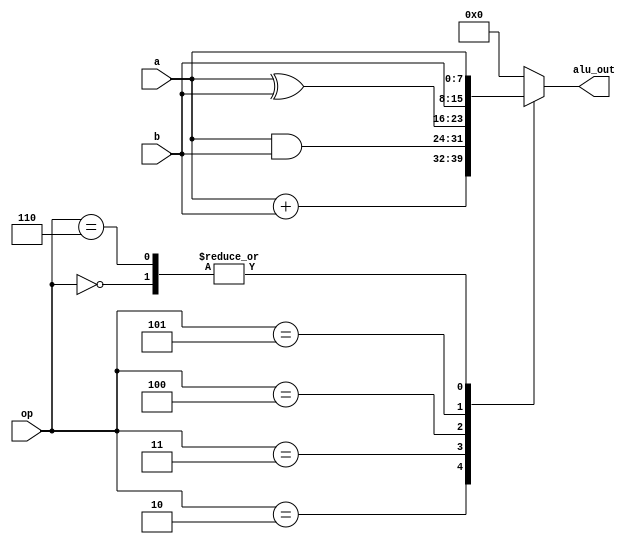
module alu(
    input [7:0] a,
    input [7:0] b,
    input [2:0] op,
    output reg [7:0] alu_out
    );
    
always@(a,b,op)begin
    case(op)
        3'b000 : alu_out = a;
        3'b010 : alu_out = a+b;
        3'b011 : alu_out = a&b;
        3'b100 : alu_out = a^b;
        3'b101 : alu_out = b;
        3'b110 : alu_out = a;
        default : alu_out = 8'b0;
    endcase
end
endmodule